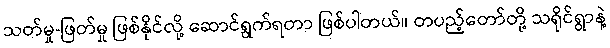
သတ်မှု-ဖြတ်မှု ဖြစ်နိုင်လို့ ဆောင်ရွက်ရတာ ဖြစ်ပါတယ်။ တပည့်တော်တို့ သရိုင်ရွာနဲ့